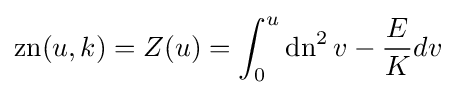
\operatorname {zn} (u,k)=Z(u)=\int _{0}^{u}\operatorname {dn} ^{2}v-{\frac {E}{K}}dv